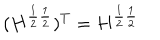
( H ^ { \frac { 1 } { 2 } \frac { 1 } { 2 } } ) ^ { T } = H ^ { \frac { 1 } { 2 } \frac { 1 } { 2 } }